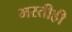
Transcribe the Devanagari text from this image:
भरतीही